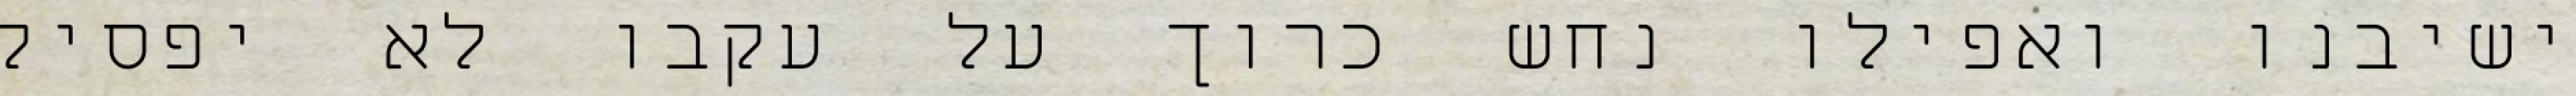
ישיבנו ואפילו נחש כרוך על עקבו לא יפסיק